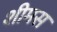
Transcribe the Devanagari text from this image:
शीमस